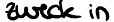
zweck in